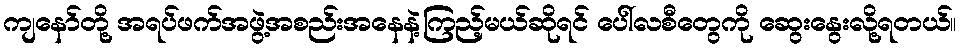
ကျနော်တို့ အရပ်ဖက်အဖွဲ့အစည်းအနေနဲ့ကြည့်မယ်ဆိုရင် ပေါ်လစီတွေကို ဆွေးနွေးလို့ရတယ်။